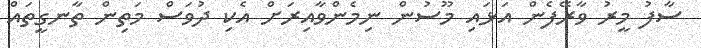
ސާފު މީރު ވާރޭފެން އަޅައި މޫސުން ނިމެންވާއިރަށް އެކި ދުވަސް މަތިން ތާނގީތައް